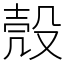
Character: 殼